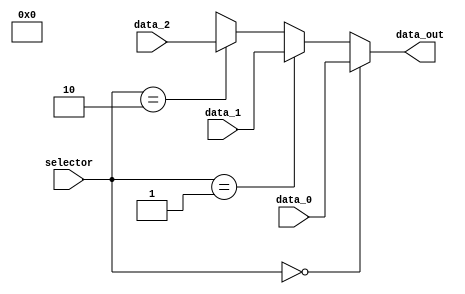
module Mux_ShiftIn (  
    input wire [1:0] selector,
    input wire [31:0] data_0, data_1, data_2,
    output wire [31:0] data_out
);
    
    assign data_out = (selector == 2'b00) ? data_0 :
                      (selector == 2'b01) ? data_1 :
                      (selector == 2'b10) ? data_2 :
                      2'bxx;
                      
endmodule